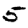
Digit: 5